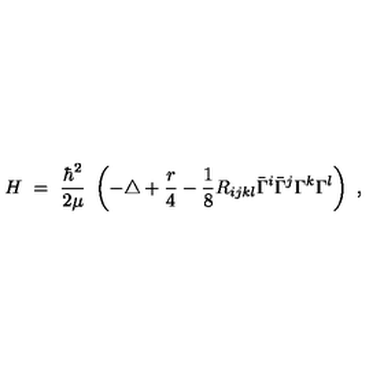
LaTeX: H \ = \ \frac { \hbar ^ { 2 } } { 2 \mu } \ \left( - \triangle + \frac r 4 - \frac 1 8 R _ { i j k l } \bar { \Gamma } ^ { i } \bar { \Gamma } ^ { j } \Gamma ^ { k } \Gamma ^ { l } \right) \ ,